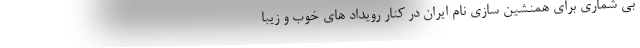
بی شماری برای همنشین سازی نام ایران در کنار رویداد های خوب و زیبا